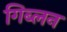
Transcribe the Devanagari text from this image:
गिब्लन